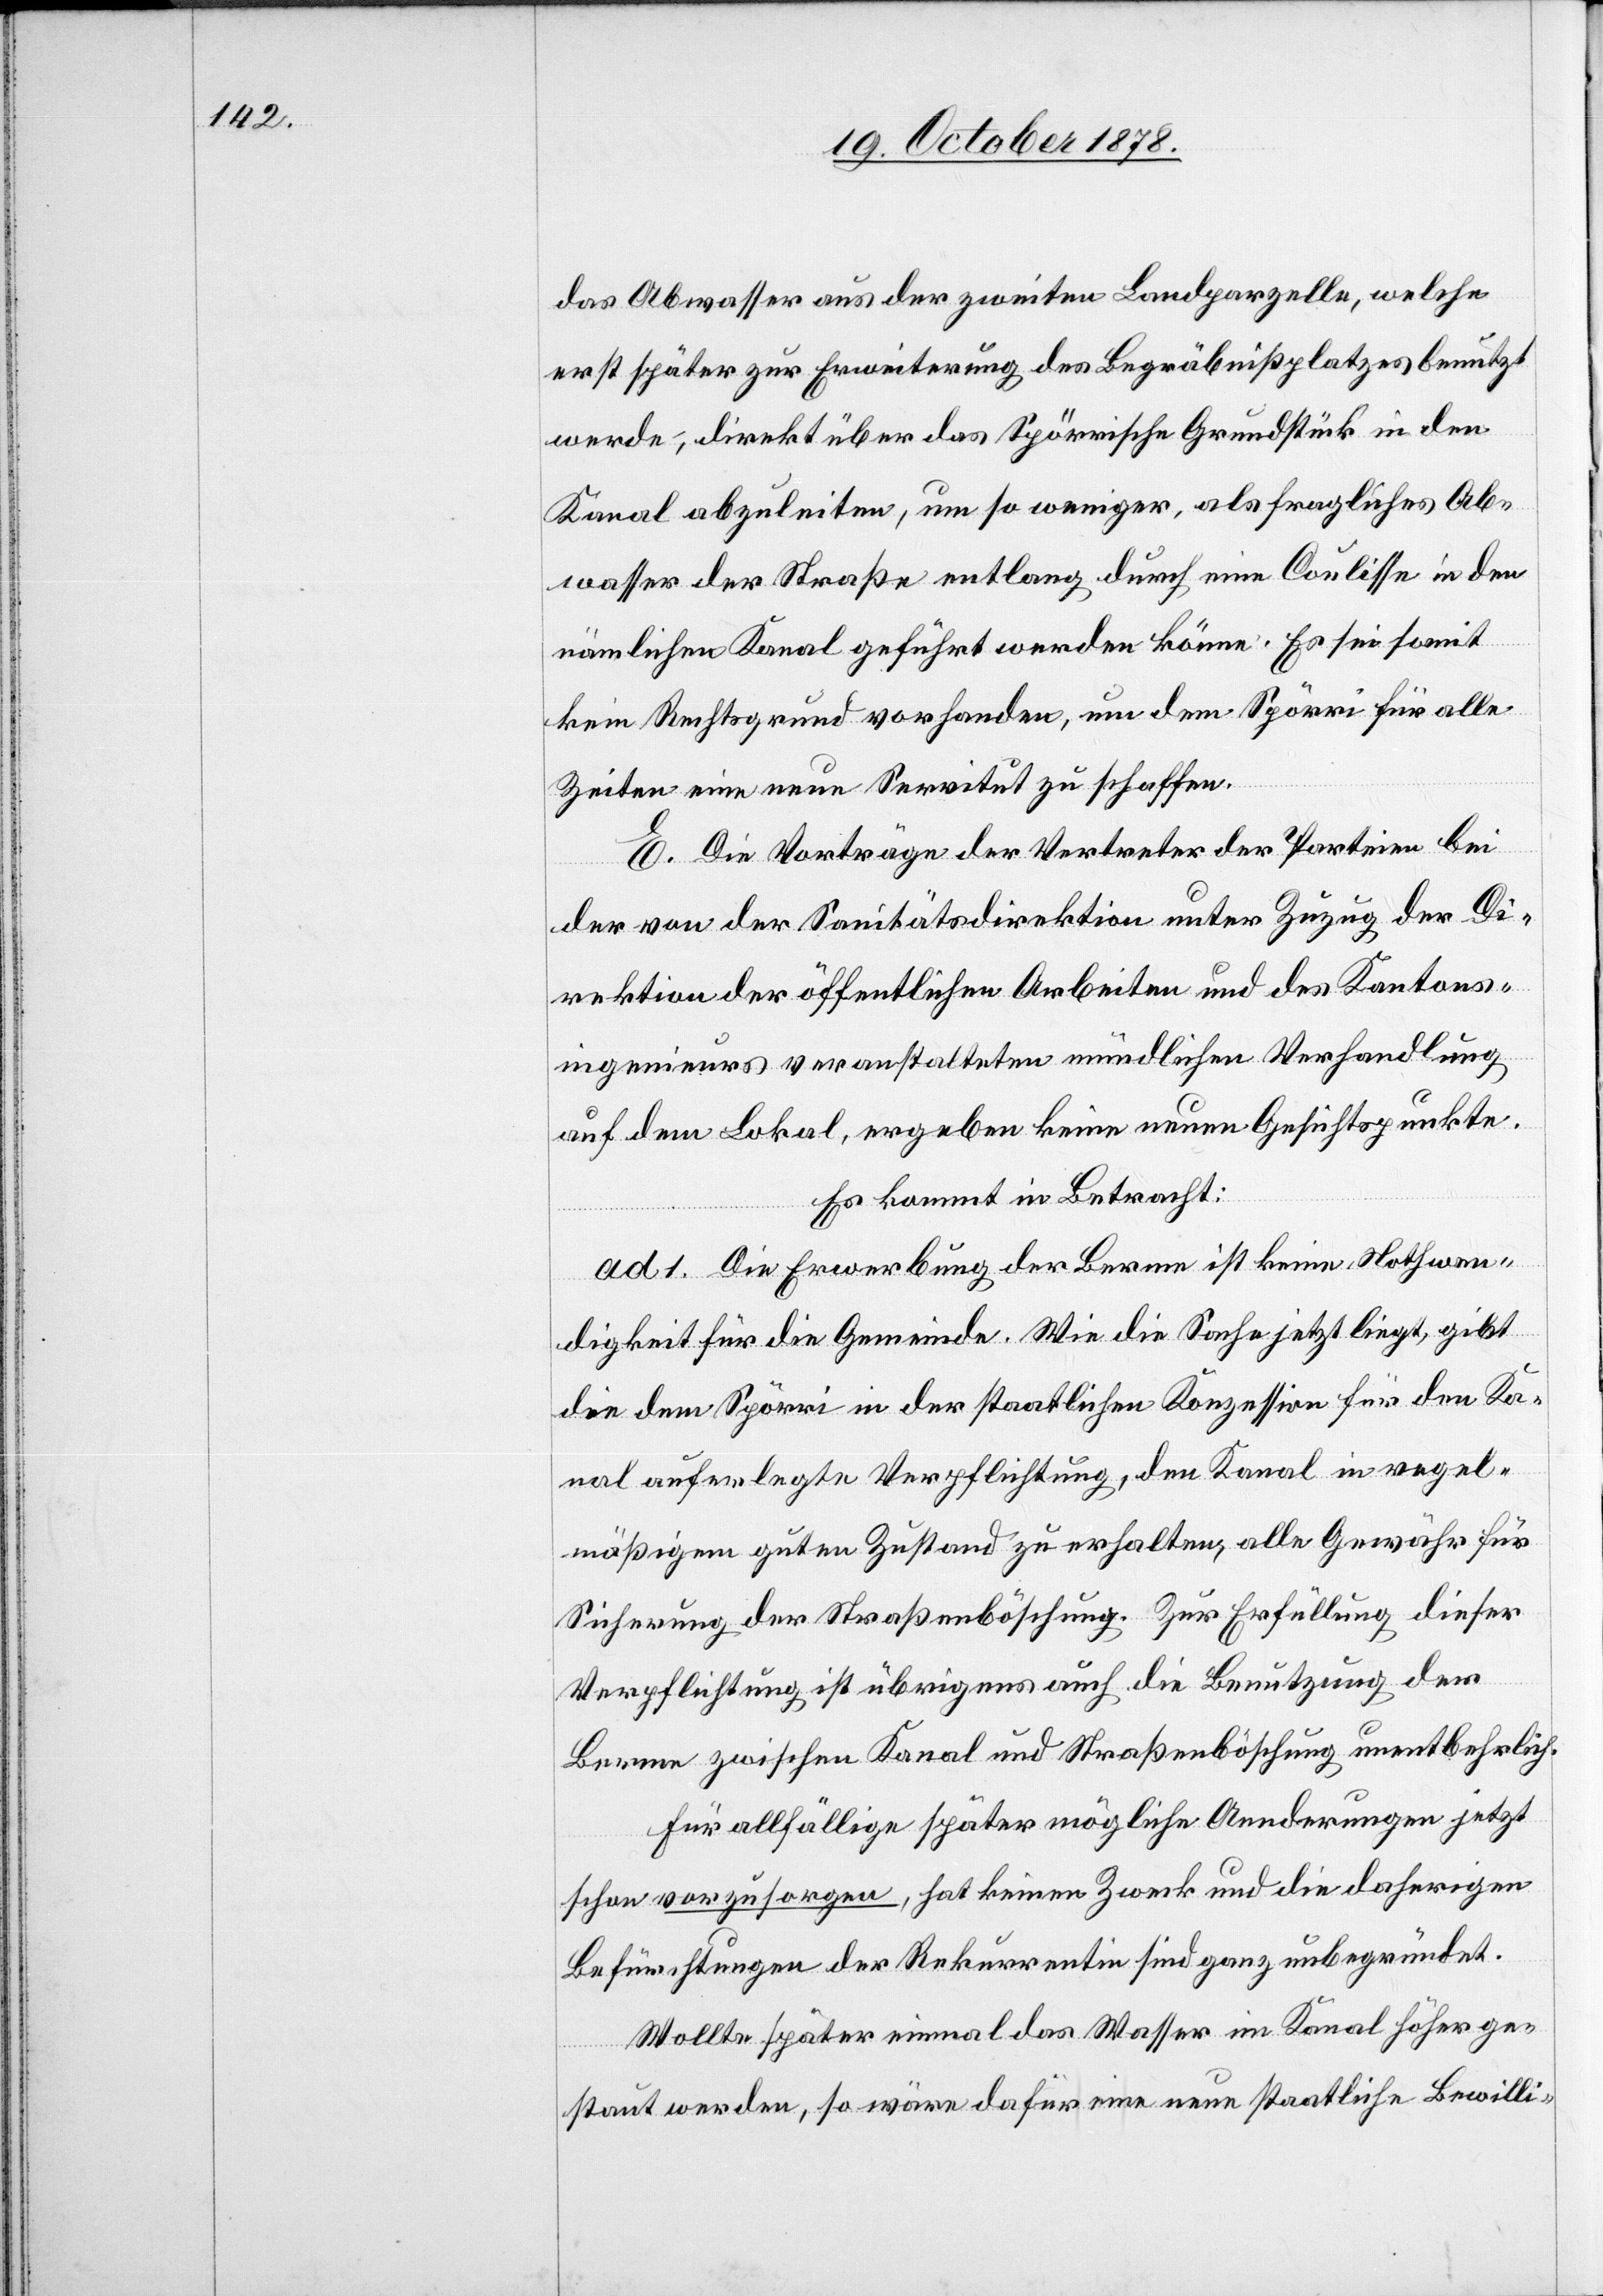
das Abwasser aus der zweiten Landparzelle, welche
erst später zur Erweiterung des Begräbnißplatzes benutzt
werde, direkt über das Spörrische Grundstück in den
Kanal abzuleiten, um so weniger, als fragliches Ab¬
wasser der Straße entlang durch eine Coulisse in den
nämlichen Kanal geführt werden könne. Es sei soweit
kein Rechtsgrund vorhanden, um dem Spörri für alle
Zeiten eine neue Servitut zu schaffen.
E. Die Vorträge der Vertreter der Parteien bei
der von der Sanitätsdirektion unter Zuzug der Di¬
rektion der öffentlichen Arbeiten und des Kantons¬
ingenieurs veranstalteten mündlichen Verhandlung
auf dem Lokal, ergeben keine neuen Gesichtspunkte.
Es kommt in Betracht:
ad 1. Die Erwerbung der Berme ist keine Nothwen¬
digkeit für die Gemeinde. Wie die Sache jetzt liegt, gibt
die dem Spörri in der staatlichen Konzession für den Ka¬
nal auferlegte Verpflichtung, den Kanal in regel¬
mäßigem guten Zustand zu erhalten, alle Gewähr für
Sicherung der Straßenböschung. Zur Erfüllung dieser
Verpflichtung ist übrigens auch die Benutzung der
Berme zwischen Kanal und Straßenböschung unentbehrlich.
Für allfällige später mögliche Aenderungen jetzt
schon vorzusorgen, hat keinen Zweck und die daherigen
Befürchtungen der Rekurrentin sind ganz unbegründet.
Wollte später einmal das Wasser im Kanal höher ge¬
staut werden, so wäre dafür eine neue staatliche Bewilli-